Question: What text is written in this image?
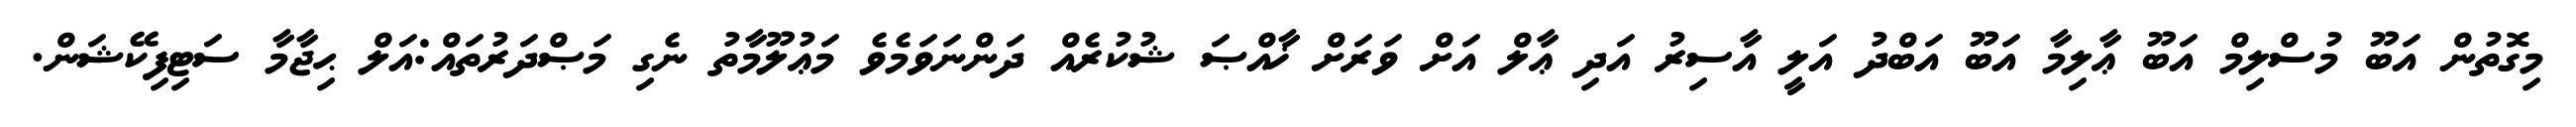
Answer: މިގޮތުން އަބޫ މުސްލިމް އަބޫ ޢާލިމާ އަބޫ އަބްދު އަލީ އާސިރު އަދި ޢާލް އަށް ވަރަށް ޚާއްޞަ ޝުކުރެއް ދަންނަވަމެވެ މަޢުލޫމާތު ނެގި މަޞްދަރުތައް:އަލް ޙިޖާމާ ސަޓިފިކޭޝަން.